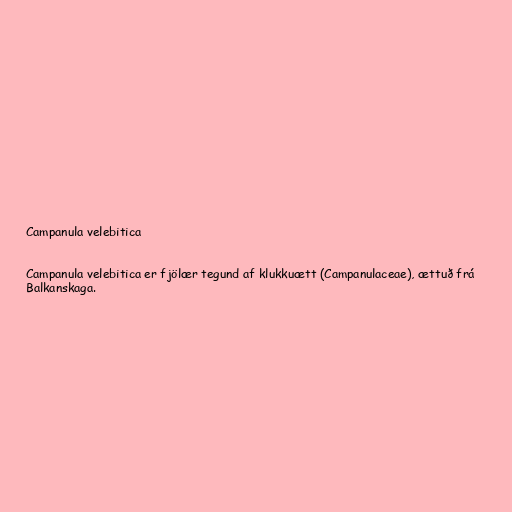
Campanula velebitica

Campanula velebitica er fjölær tegund af klukkuætt (Campanulaceae), ættuð frá
Balkanskaga.